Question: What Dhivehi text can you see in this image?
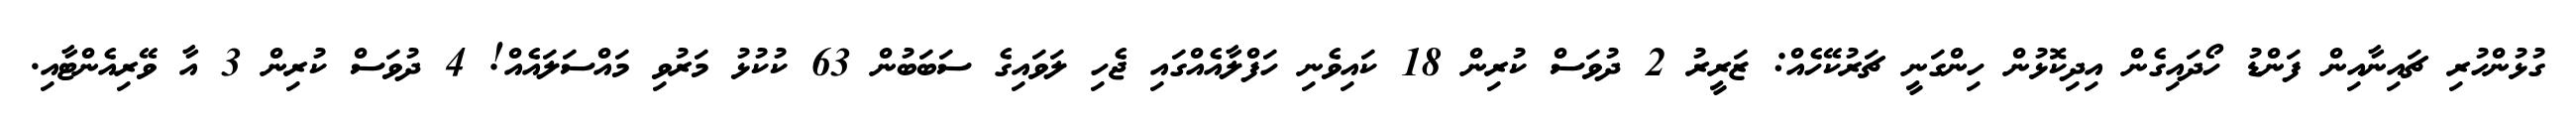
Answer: ގުޅުންހުރި ޗައިނާއިން ފަންޑު ހޯދައިގެން އިދިކޮޅުން ހިންގަނީ ޗަރުކޭހެއް: ޒަރީރު 2 ދުވަސް ކުރިން 18 ކައިވެނި ހަފްލާއެއްގައި ޖެހި ލަވައިގެ ސަބަބުން 63 ކުކުޅު މަރުވި މައްސަލައެއް! 4 ދުވަސް ކުރިން 3 އާ ވޭރިއެންޓާއި.